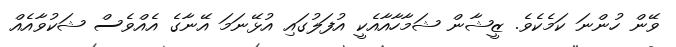
ވޭން ހުންނަ ކަމެކެވެ. ޒީޝާން ޝަމާހާއާއެކީ އުފަލުގައި އުޅޭނަމަ އޭނާގެ އެއްވެސް ޝަކުވާއެއް